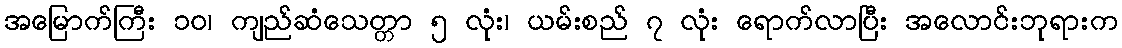
အမြောက်ကြီး ၁၀၊ ကျည်ဆံသေတ္တာ ၅ လုံး၊ ယမ်းစည် ၇ လုံး ရောက်လာပြီး အလောင်းဘုရားက